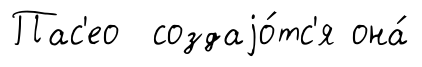
Пас'ео создаjо́тс'я она́